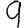
Digit: 9